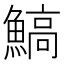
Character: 鰝